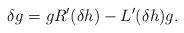
LaTeX: \begin{align*}\delta g=gR'(\delta h)-L'(\delta h)g.\end{align*}